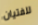
للفتيان